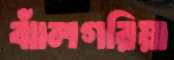
ঝাঁলগরিয়া